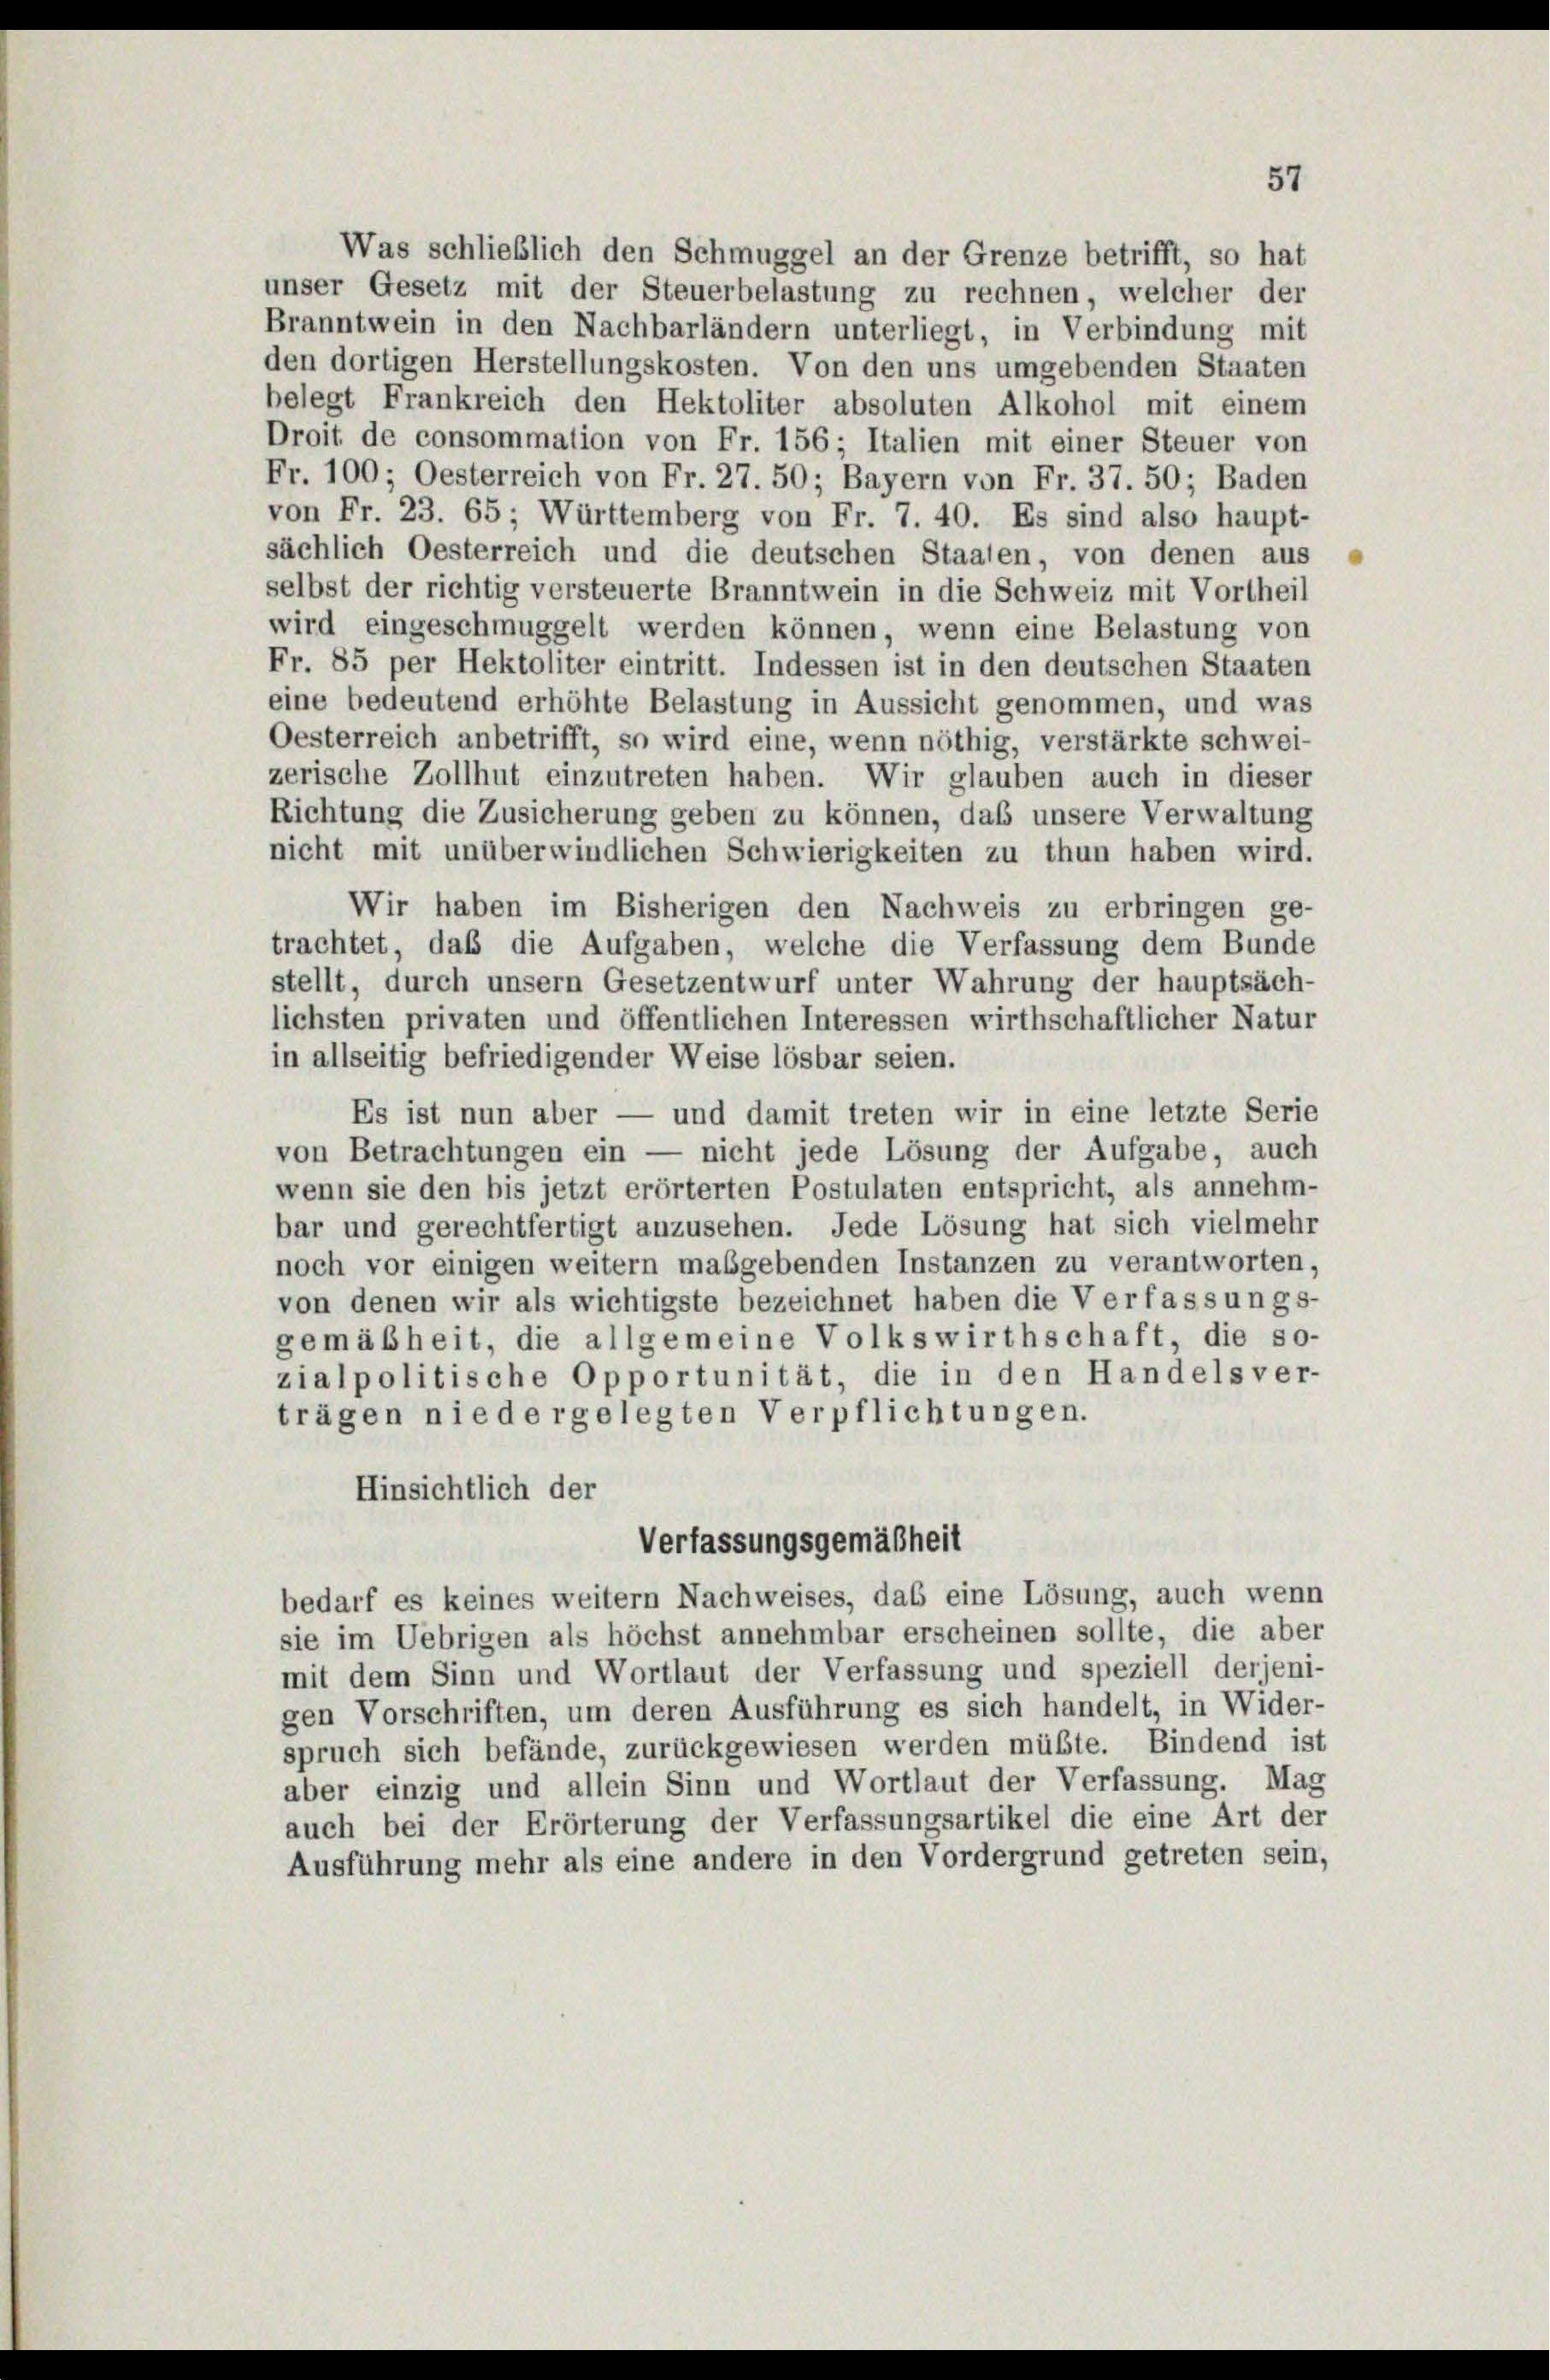
Was schließlich den Schmuggel an der Grenze betrifft, so hat
unser Gesetz mit der Steuerbelastung zu rechnen, welcher der
Branntwein in den Nachbarländern unterliegt, in Verbindung mit
den dortigen Herstellungskosten. Von den uns umgebenden Staaten
belegt Frankreich den Hektoliter absoluten Alkohol mit einem
Droit de consommation von Fr. 156; Italien mit einer Steuer von
Fr. 100; Oesterreich von Fr. 27. 50; Bayern von Fr. 37. 50; Baden
von Fr. 23. 65; Württemberg von Fr. 7. 40. Es sind also haupt-
sächlich Oesterreich und die deutschen Staaten, von denen aus
selbst der richtig versteuerte Branntwein in die Schweiz mit Vortheil
wird eingeschmuggelt werden können, wenn eine Belastung von
Fr. 85 per Hektoliter eintritt. Indessen ist in den deutschen Staaten
eine bedeutend erhöhte Belastung in Aussicht genommen, und was
Oesterreich anbetrifft, so wird eine, wenn nöthig, verstärkte schwei-
zerische Zollhut einzutreten haben. Wir glauben auch in dieser
Richtung die Zusicherung geben zu können, das unsere Verwaltung
nicht mit unüberwindlichen Schwierigkeiten zu thun haben wird.
Wir haben im Bisherigen den Nachweis zu erbringen ge-
trachtet, daß die Aufgaben, welche die Verfassung dem Bunde
stellt, durch unsern Gesetzentwurf unter Wahrung der hauptsäch-
lichsten privaten und öffentlichen Interessen wirthschaftlicher Natur
in allseitig befriedigender Weise lösbar seien.
Es ist nun aber — und damit treten wir in eine letzte Serie
von Betrachtungen ein — nicht jede Lösung der Aufgabe, auch
wenn sie den bis jetzt erörterten Postulaten entspricht, als annehm-
bar und gerechtfertigt anzusehen. Jede Lösung hat sich vielmehr
noch vor einigen weitern maßgebenden Instanzen zu verantworten,
von denen wir als wichtigste bezeichnet haben die Verfassungs-
gemäßheit, die allgemeine Volkswirthschaft, die so-
zialpolitische Opportunität, die in den Handelsver-
trägen niedergelegten Verpflichtungen.
Hinsichtlich der
Verfassungsgemäßheit
bedarf es keines weitern Nachweises, das eine Lösung, auch wenn
sie im Uebrigen als höchst annehmbar erscheinen sollte, die aber
mit dem Sinn und Wortlaut der Verfassung und speziell derjeni-
gen Vorschriften, um deren Ausführung es sich handelt, in Wider-
spruch sich befände, zurückgewiesen werden müßte. Bindend ist
aber einzig und allein Sinn und Wortlaut der Verfassung. Mag
auch bei der Erörterung der Verfassungsartikel die eine Art der
Ausführung mehr als eine andere in den Vordergrund getreten sein,

57